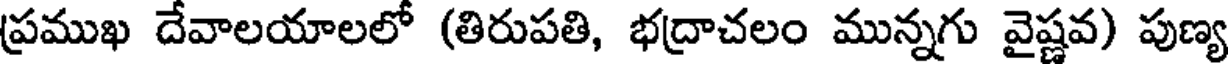
ప్రముఖ దేవాలయాలలో (తిరుపతి, భద్రాచలం మున్నగు వైష్ణవ) పుణ్య